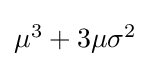
{\textstyle \mu ^{3}+3\mu \sigma ^{2}}